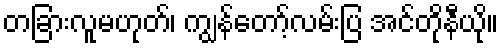
တခြားလူမဟုတ်၊ ကျွန်တော့်လမ်းပြ အင်တိုနီယို။